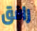
رافق